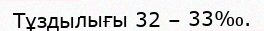
Тұздылығы 32 – 33‰.